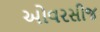
ઓવરસીજ